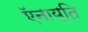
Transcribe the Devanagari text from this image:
ऍनाय्ति